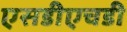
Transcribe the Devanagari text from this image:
एसडीएचडी